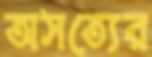
অসত্যের